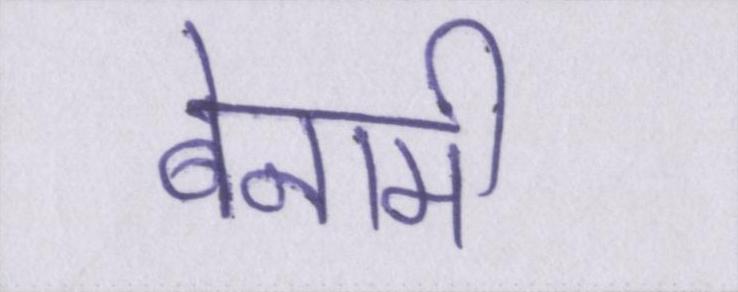
बेनामी